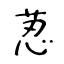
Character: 荵